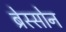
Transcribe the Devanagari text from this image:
ब्रेस्सोन